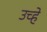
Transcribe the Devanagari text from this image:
उच्हे